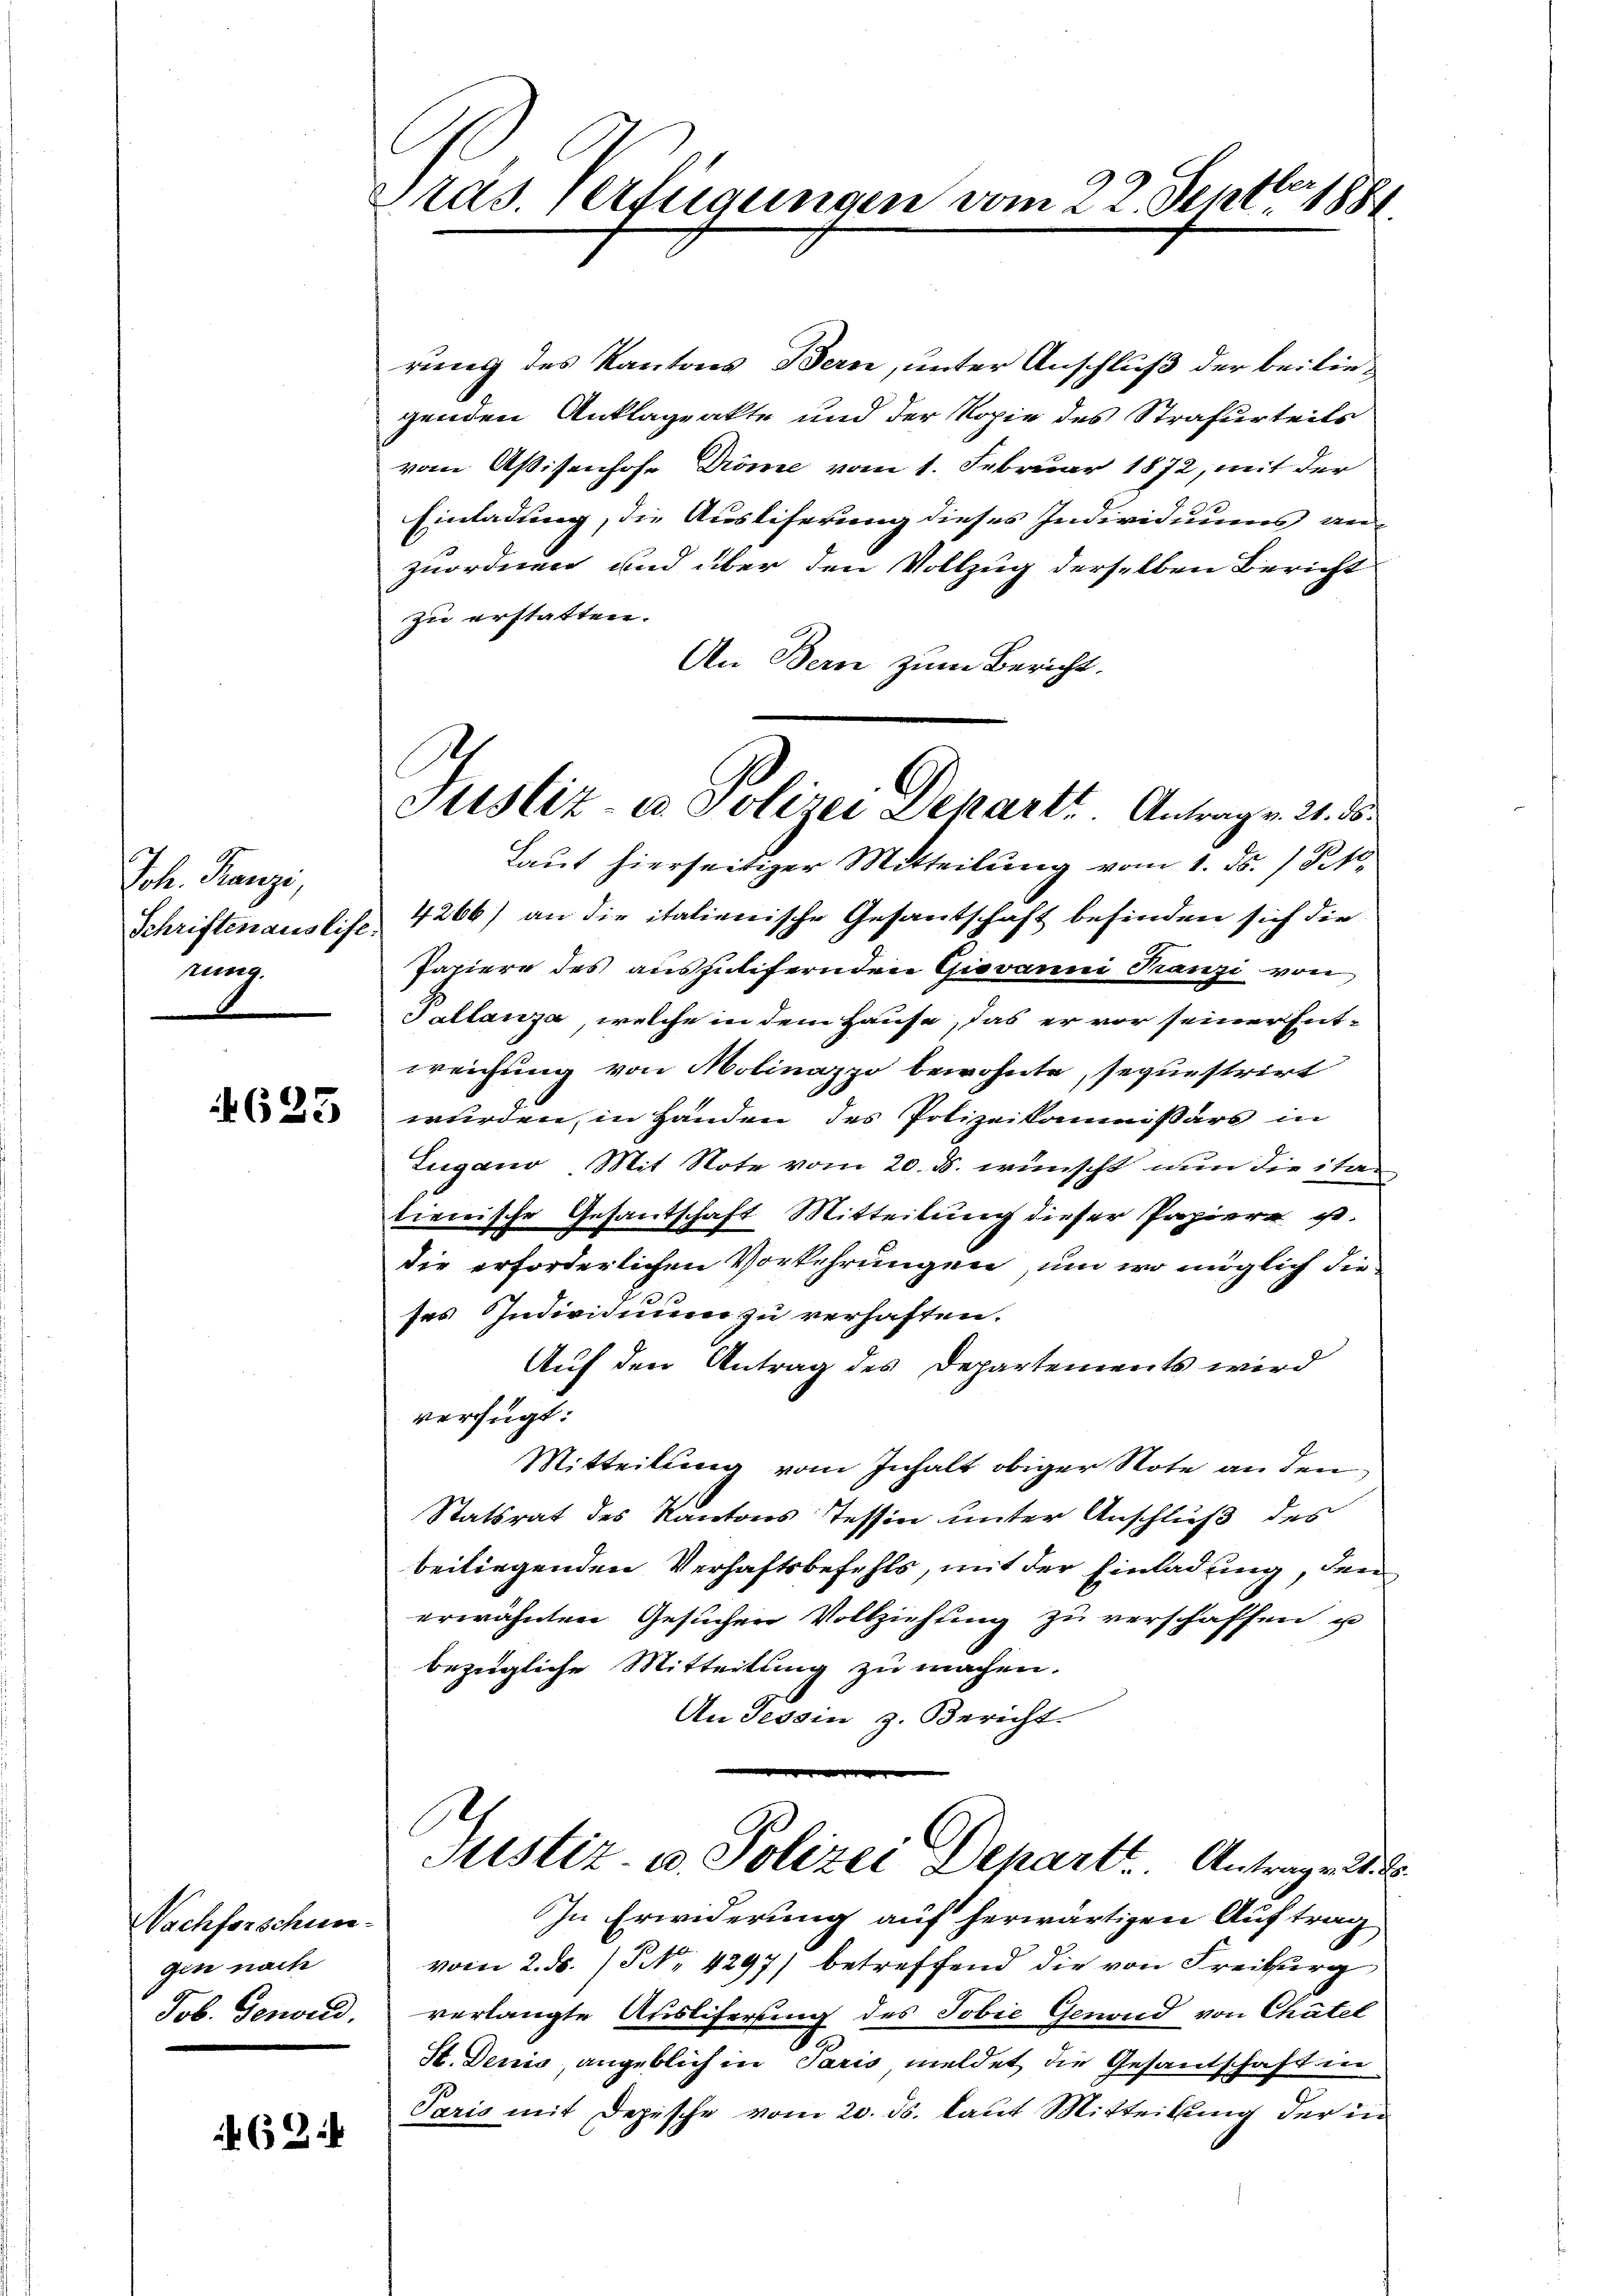
Joh. Franzi,
Schriftenauslife
rung.

4623

Nachforschun-
gen nach
Job. Genord,

63:

Präs. Verfügungen vom 22. Septbr 1881

Justiz- u. Polizei Dekarte Antrag v. 21. 85.

rung des Kantons Bern, unter Anschluß der beiliegenden Anklageakte und der Kopie des Strafurteils
vom Aßisenhofe Dröme vom 1. Februar 1872, mit der
Einladung, die Ausliferung dieses Individuums an-
zuordnen und über den Vollzug derselben Bericht
zu erstatten.
An Bern zum Bericht.
Laut hierseitiger Mitteilung vom 1. ds. 1 Pkt.
4266) an die italienische Gesantschaft befinden sich die
Papiere des auszulifernden Giovanni Franzi von
Pellanza, welche in dem Hause, das er vor seiner Ent-
weichung von Molinazzo bewohnte, sequestrirt
wurden, in Handen des Polizeikammsars in
Lugano Mit Note vom 20. ds. wünscht nun die itatieirische Gesantschaft Mitteilung dieser Papiere ist.
die erforderlichen Vorkehrungen, um wo möglich die-
ses Individuum zu verhaften.
Auf den Antrag des Departements wird
verfügt:
Mitteilung vom Inhalt obiger Note an den
Statsrat des Kantons Tessin unter Anschluß des
beiliegenden Verhaftsbefehls, mit der Einladung, den
erwähnten Gesuchen Vollziehung zu verschaffen, u
bezügliche Mitteilung zu machen.
An Tessin z. Bericht.
Justiz- u. Polizei Depart. Antrage dies
In Erwiderung auf herwärtigen Auftrag
vom 2. ds. 13 No 4297) betreffend die von Freiburg
verlangte Ausliferung des Tobie Genand von Chatel
S
St. Denis, angeblich in Paris meldet die Gesandschaften
Paris mit Depische vom 20. ds. laut Mitteilung der in